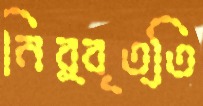
নির্বৃত্তি